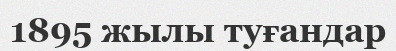
1895 жылы туғандар